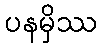
ပနမှိဿ